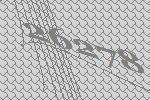
26278